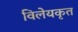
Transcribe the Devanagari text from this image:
विलेयकृत